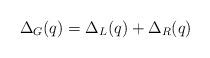
LaTeX: \begin{align*}\Delta_G (q)=\Delta_L(q)+\Delta_R(q)\end{align*}